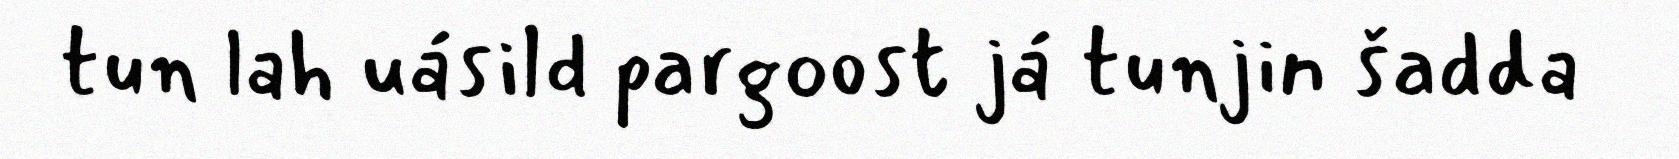
tun lah uásild pargoost já tunjin šadda